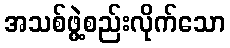
အသစ်ဖွဲ့စည်းလိုက်သော